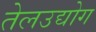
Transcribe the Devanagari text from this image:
तेलउद्योग